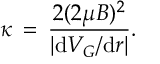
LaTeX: \kappa \, = \, \frac { 2 ( 2 \mu B ) ^ { 2 } } { | \mathrm { d } V _ { G } / \mathrm { d } r | } .